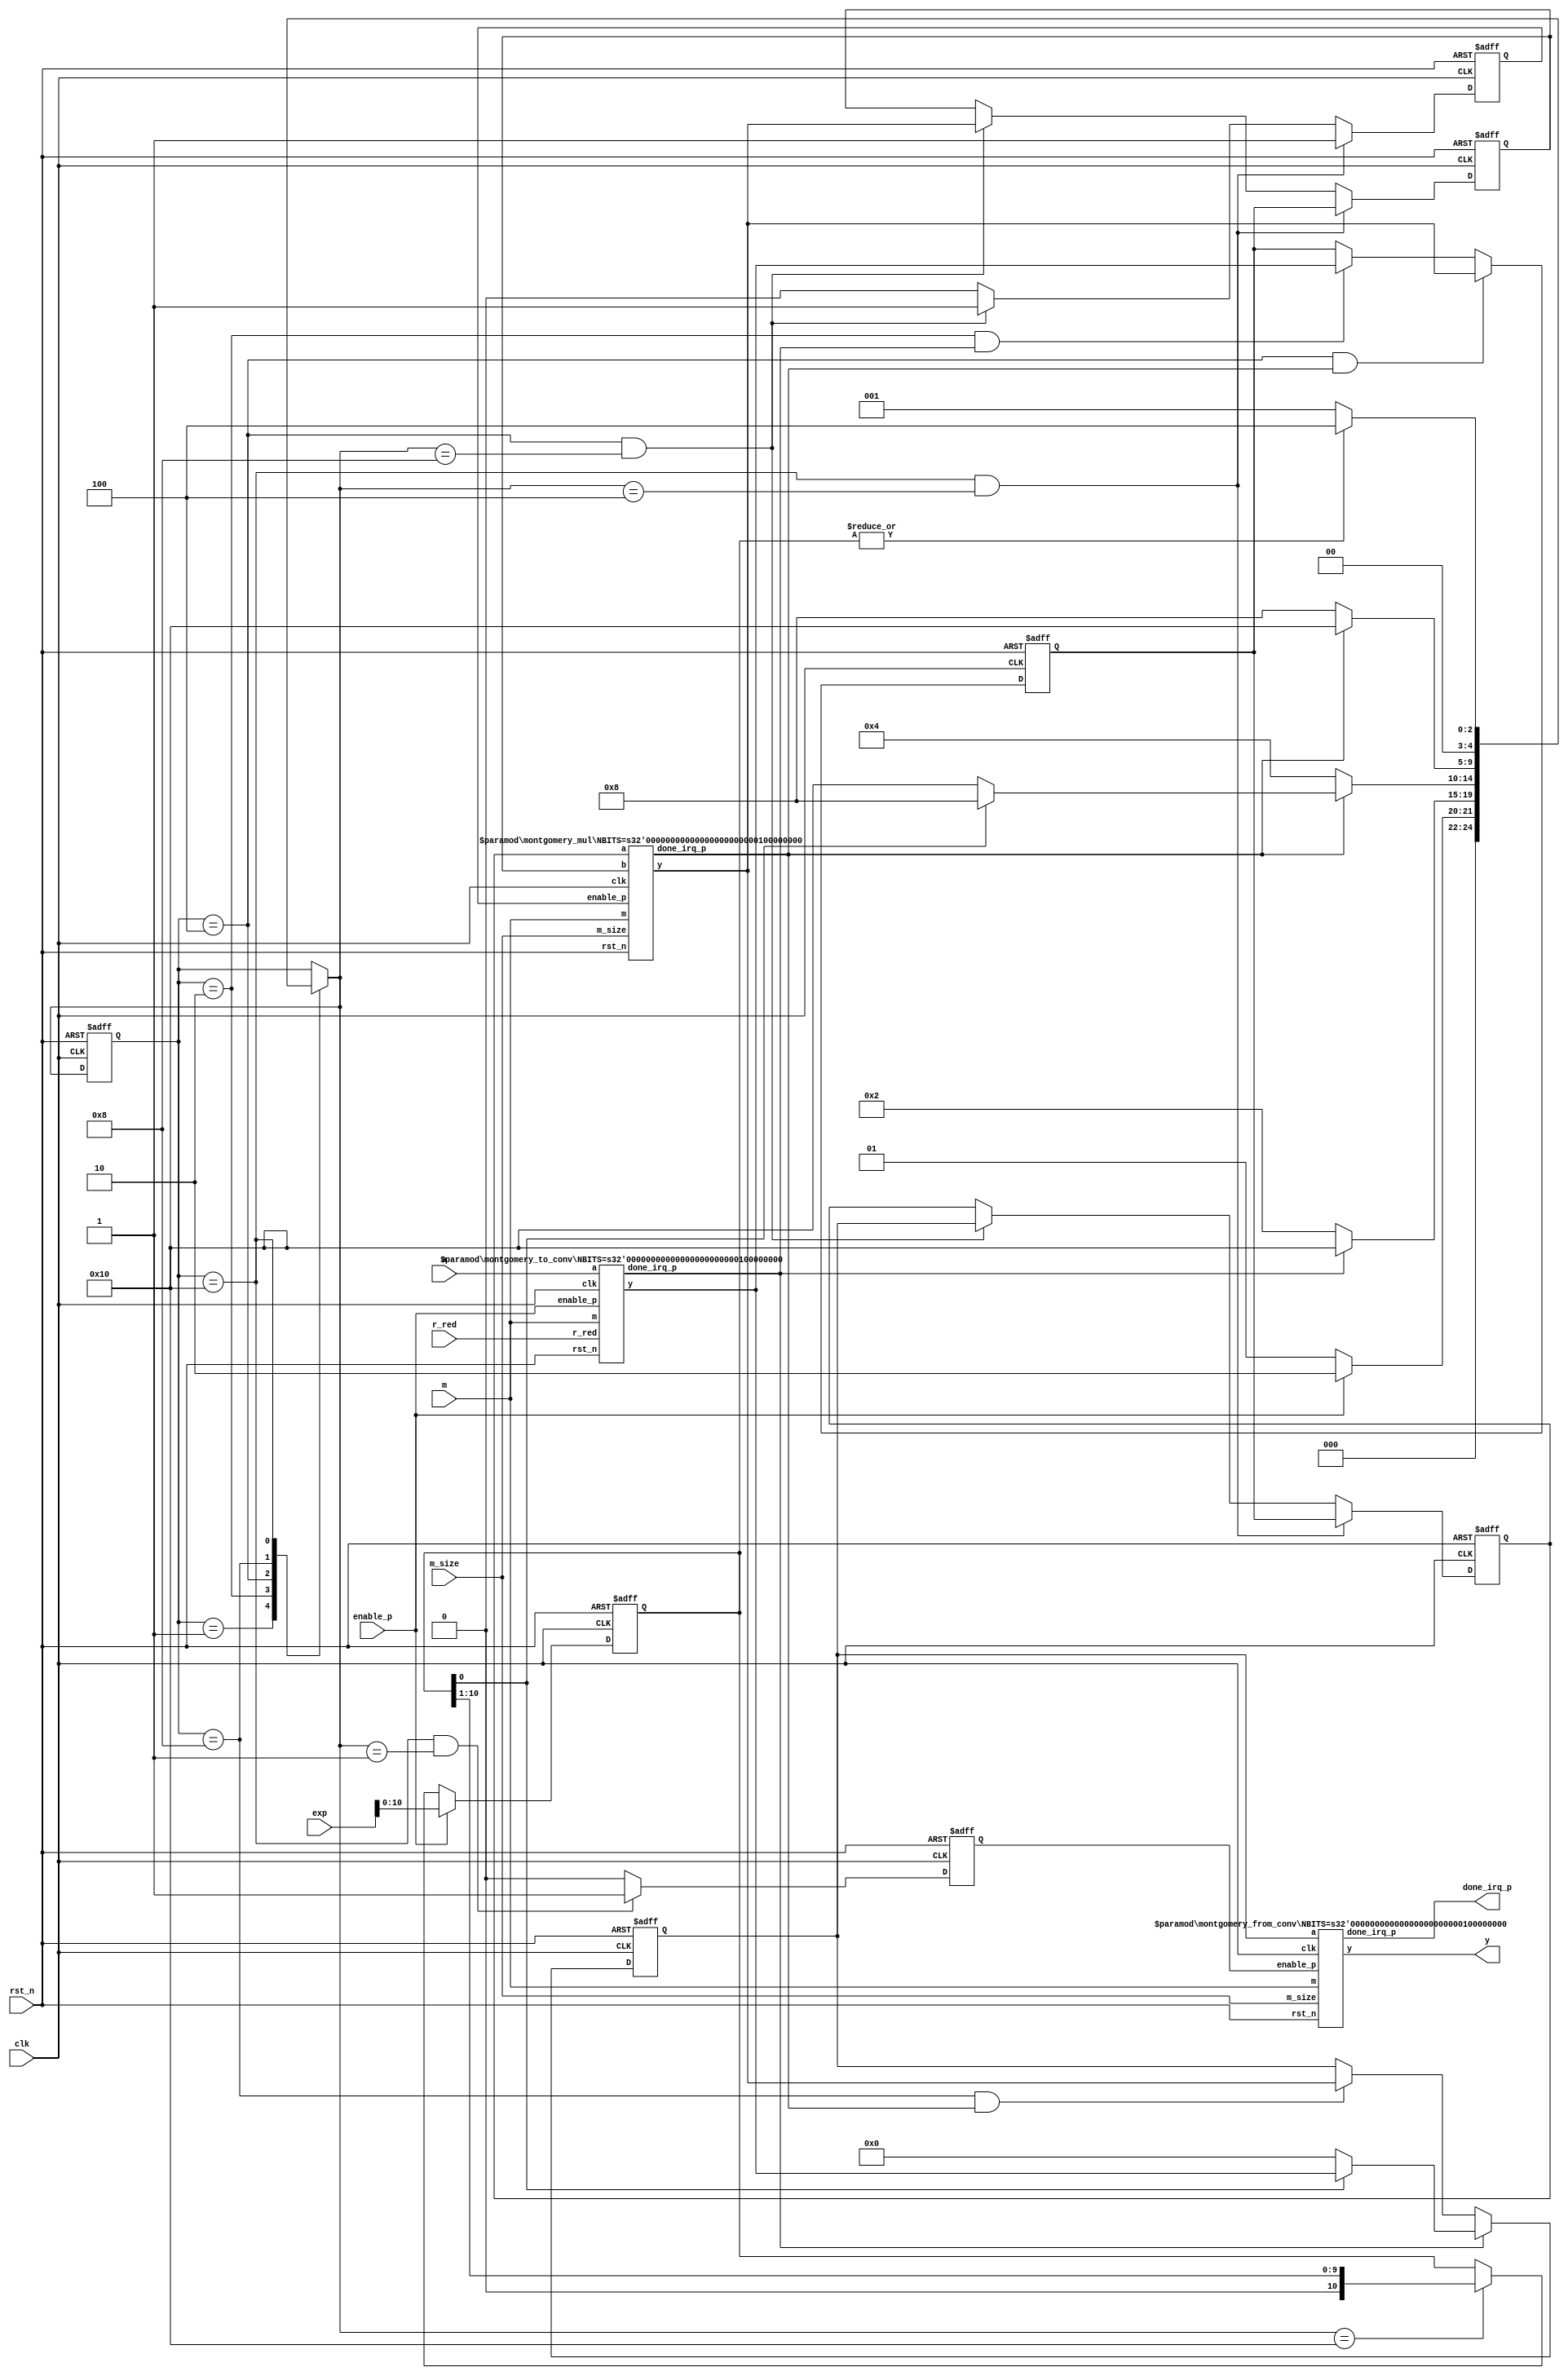
`timescale 1 ns/1 ps
module mod_exp #(  parameter NBITS = 256) (
  input               clk,
  input               rst_n,
  input               enable_p,
  input  [NBITS-1 :0] a,
  input  [NBITS-1 :0] exp,
  input  [NBITS-1 :0] m,
  input  [11      :0] m_size,
  input  [NBITS-1 :0] r_red,
  output [NBITS-1 :0] y,
  output              done_irq_p
);
//reg/wire declaration

  reg  [NBITS-1 :0] temp_rslt_loc; 
  reg  [NBITS-1 :0] a_loc; 
  reg  [NBITS-1 :0] b_loc; 
  reg  [NBITS-1 :0] sqr_loc; 
  reg  [10 :0]      exp_loc; 
  reg               en_p_frm_mnt; 
  reg               en_montgomery_mul_p; 
  reg  [4 :0]       curr_state; 
  reg  [4 :0]       next_state; 

wire [NBITS-1 :0] a_conv ;
wire [NBITS-1 :0] b_conv ;
wire [NBITS-1 :0] y_inter ;
wire              done_irq_p_mul;
wire              done_irq_p_a;

localparam  IDLE        = 5'b00001;
localparam  CONVTOMONT  = 5'b00010;
localparam  CALCSQR     = 5'b00100;
localparam  CALCMUL     = 5'b01000;
localparam  EXPSHIFT    = 5'b10000;


  always @ (posedge clk or negedge rst_n) begin
    if (rst_n == 1'b0) begin
      a_loc         <= {NBITS{1'b0}};
      b_loc         <= {NBITS{1'b0}};
      en_montgomery_mul_p  <= 1'b0;    end    else begin
      if ((curr_state == EXPSHIFT) && (next_state == CALCSQR)) begin
        a_loc        <= sqr_loc;
        b_loc        <= sqr_loc;
        en_montgomery_mul_p <= 1'b1;      end
      else if ((curr_state == CALCSQR) && (next_state == CALCMUL)) begin
        a_loc        <= temp_rslt_loc;
        b_loc        <= y_inter;
        en_montgomery_mul_p <= 1'b1;      end      else begin
        en_montgomery_mul_p <= 1'b0;      end    end  end
  always @ (posedge clk or negedge  rst_n) begin
    if (rst_n == 1'b0) begin
      sqr_loc       <= {NBITS{1'b0}};    end    else begin
      if ((curr_state == CONVTOMONT) && (done_irq_p_a == 1'b1)) begin
        sqr_loc  <= a_conv;      end
      if ((curr_state == CALCSQR) && (done_irq_p_mul == 1'b1)) begin
        sqr_loc  <= y_inter;      end    end  end
  always @ (posedge clk or negedge rst_n) begin
    if (rst_n == 1'b0) begin
      temp_rslt_loc <= {NBITS{1'b0}};    end    else begin
      if (done_irq_p_a == 1'b1) begin
        if(exp_loc[0] == 1'b1) begin
          temp_rslt_loc  <= a_conv;        end        else begin
          temp_rslt_loc <= {NBITS{1'b0}};        end      end
      else if ((curr_state == CALCMUL) && (done_irq_p_mul == 1'b1)) begin
        temp_rslt_loc  <= y_inter;      end    end  end
  always @ (posedge clk or negedge  rst_n) begin
    if (rst_n == 1'b0) begin
      exp_loc       <= 11'h7FF;    end    else begin
      if (enable_p == 1'b1) begin
        exp_loc  <=  exp;      end
      else if ((next_state == EXPSHIFT)) begin
        exp_loc  <= {1'b0, exp_loc[10:1]};      end    end  end
  always @ (posedge clk or negedge  rst_n) begin
    if (rst_n == 1'b0) begin
      en_p_frm_mnt  <= 1'b0;    end    else begin
      if ((curr_state == EXPSHIFT) && (next_state == IDLE)) begin
        en_p_frm_mnt  <= 1'b1;      end      else begin
        en_p_frm_mnt  <= 1'b0;      end    end  end
  always @* begin
    case (curr_state)
      IDLE : begin
        if (enable_p == 1'b1) begin
          next_state = CONVTOMONT;        end        else begin
          next_state = IDLE;        end      end
      CONVTOMONT : begin
        if (done_irq_p_a == 1'b1) begin
          next_state = EXPSHIFT;        end        else begin
          next_state = CONVTOMONT;        end      end
      CALCSQR : begin
        if (done_irq_p_mul == 1'b1) begin
          if (exp_loc[0] == 1'b1) begin
            next_state = CALCMUL;          end          else begin
            next_state = EXPSHIFT;          end        end        else begin
          next_state = CALCSQR;        end      end
      CALCMUL : begin
        if (done_irq_p_mul == 1'b1) begin
          next_state = EXPSHIFT;        end        else begin
          next_state = CALCMUL;        end      end
      EXPSHIFT : begin
        if (|exp_loc == 1'b1) begin
          next_state = CALCSQR;        end        else begin
          next_state = IDLE;        end      end      default : begin
          next_state = curr_state;      end    endcase  end
 always @ (posedge clk or negedge rst_n) begin
   if (rst_n == 1'b0) begin
     curr_state <= 5'b1;   end   else begin
     curr_state <= next_state;   end end
 montgomery_to_conv #(  .NBITS (NBITS) ) u_montgomery_to_conv_a_inst (
  .clk               (clk),             //input               
  .rst_n             (rst_n),           //input               
  .enable_p          (enable_p),        //input               
  .a                 (a),               //input  [NBITS-1 :0] 
  .m                 (m),               //input  [NBITS-1 :0] 
  .r_red             (r_red),           //input  [NBITS-1 :0] 
  .y                 (a_conv),          //output [NBITS-1 :0] 
  .done_irq_p        (done_irq_p_a)     //output              
 );
montgomery_mul #(  .NBITS (NBITS) ) u_montgomery_mul_inst (
  .clk               (clk),             //input               
  .rst_n             (rst_n),           //input               
  .enable_p          (en_montgomery_mul_p),    //input               
  .a                 (a_loc),          //input  [NBITS-1 :0] 
  .b                 (b_loc),          //input  [NBITS-1 :0] 
  .m                 (m),               //input  [NBITS-1 :0] 
  .m_size            (m_size),          //input  [10      :0] 
  .y                 (y_inter),         //output [NBITS-1 :0] 
  .done_irq_p        (done_irq_p_mul)   //output              
);
montgomery_from_conv #(   .NBITS (NBITS) ) u_montgomery_from_conv (
  .clk               (clk),                    //input               
  .rst_n             (rst_n),                  //input               
  .enable_p          (en_p_frm_mnt),           //input               
  .a                 (temp_rslt_loc),          //input  [NBITS-1 :0] 
  .m                 (m),                      //input  [NBITS-1 :0] 
  .m_size            (m_size),                 //input  [10      :0] 
  .y                 (y),                      //output [NBITS-1 :0] 
  .done_irq_p        (done_irq_p)              //output              
);
endmodule

//------------------------
module montgomery_from_conv #(  parameter NBITS = 256 ) (
  input               clk,
  input               rst_n,
  input               enable_p,
  input  [NBITS-1 :0] a,
  input  [NBITS-1 :0] m,
  input  [11      :0] m_size,
  output [NBITS-1 :0] y,
  output              done_irq_p
);

montgomery_mul #(  .NBITS (NBITS) ) u_montgomery_mul_inst (
  .clk               (clk),             //input               
  .rst_n             (rst_n),           //input               
  .enable_p          (enable_p),        //input               
  .a                 (a),               //input  [NBITS-1 :0] 
  .b                 (256'b1),         //input  [NBITS-1 :0] 
  .m                 (m),               //input  [NBITS-1 :0] 
  .m_size            (m_size),          //input  [10      :0] 
  .y                 (y),               //output [NBITS-1 :0] 
  .done_irq_p        (done_irq_p)       //output              
);
endmodule

/**********************************************************************************/

module montgomery_mul #(  parameter NBITS = 256 ) (
  input               clk,
  input               rst_n,
  input               enable_p,
  input  [NBITS-1 :0] a,
  input  [NBITS-1 :0] b,
  input  [NBITS-1 :0] m,
  input  [11      :0] m_size,
  output [NBITS-1 :0] y,
  output              done_irq_p
);

//--------------------------------------
//reg/wire declaration
//--------------------------------------

reg [NBITS   :0] y_loc;
reg [NBITS-1 :0] a_loc;
reg              done_irq_p_loc;
reg              done_irq_p_loc_d;
reg [11      :0] m_size_cnt;


wire [NBITS+1 :0] b_loc_mul_a_loc_i ;
wire [NBITS+1 :0] y_loc_for_red ;
//--------------------------------------
//a*b*(2^-n) mod m
//--------------------------------------

//assign b_loc_mul_a_loc_i    = b*a_loc[0] + y_loc;
assign b_loc_mul_a_loc_i    = a_loc[0] ? (b + y_loc) : y_loc;
assign y_loc_for_red        = (b_loc_mul_a_loc_i[0] == 1'b1) ? (b_loc_mul_a_loc_i + m ) : b_loc_mul_a_loc_i;

always @ (posedge clk or negedge rst_n) begin
  if (rst_n == 1'b0) begin
    y_loc          <= {(NBITS+1){1'b0}};
    a_loc          <= {NBITS{1'b1}};
    done_irq_p_loc <= 1'b0;  end  else begin
    if (enable_p == 1'b1) begin
      a_loc          <= a;
      y_loc          <= {(NBITS+1){1'b0}};
      done_irq_p_loc <= 1'b0;    end
    else if (|m_size_cnt[11:0]) begin
      y_loc <= {y_loc_for_red[NBITS+1 :1]};
      a_loc <= {1'b0, a_loc[NBITS-1 :1]};    end     else begin
      if (y_loc >= m) begin
        y_loc <= y_loc - m;      end      else begin
        done_irq_p_loc <= 1'b1;      end    end  end end
  always @ (posedge clk or negedge rst_n) begin
    if (rst_n == 1'b0) begin
      m_size_cnt    <= 12'b0;    end    else begin
      if (enable_p == 1'b1) begin
        m_size_cnt    <= m_size;      end
      else if (|m_size_cnt[11:0]) begin
        m_size_cnt    <= m_size_cnt-1'b1;//(Ex for 2048 bits, one need to count form 0 to 2047)
      end    end  end
  always @ (posedge clk or negedge rst_n) begin
    if (rst_n == 1'b0) begin
      done_irq_p_loc_d  <= 1'b0;    end    else begin
      done_irq_p_loc_d  <= done_irq_p_loc  ;    end  end
 assign done_irq_p =  done_irq_p_loc & ~done_irq_p_loc_d;
  assign y          =  y_loc[NBITS-1 :0];
endmodule
 /**********************************************************************************/
module montgomery_to_conv #(  parameter NBITS = 256 ) (
  input               clk,
  input               rst_n,
  input               enable_p,
  input  [NBITS-1 :0] a,
  input  [NBITS-1 :0] m,
  input  [NBITS-1 :0] r_red,
  output [NBITS-1 :0] y,
  output              done_irq_p);

 mod_mul_il #(  .NBITS (NBITS) ) u_mod_mul_il_inst (
  .clk               (clk),                    //input               
  .rst_n             (rst_n),                  //input               
  .enable_p          (enable_p),               //input               
  .a                 (a),                      //input  [NBITS-1 :0] 
  .b                 (r_red),                  //input  [NBITS-1 :0] 
  .m                 (m),                      //input  [NBITS-1 :0] 
  .y                 (y),                      //output [NBITS-1 :0] 
  .done_irq_p        (done_irq_p)              //output              
);

endmodule

/**********************************************************************************/

module mod_mul_il #(  parameter NBITS = 256 ) (
  input               clk,
  input               rst_n,
  input               enable_p,
  input  [NBITS-1 :0] a,
  input  [NBITS-1 :0] b,
  input  [NBITS-1 :0] m,
  output [NBITS-1 :0] y,
  output              done_irq_p
);

//--------------------------------------
//reg/wire declaration
//--------------------------------------

reg  [NBITS-1 :0] a_loc;
reg  [NBITS-1 :0] y_loc;
reg  [NBITS-1  :0] b_loc;
reg               done_irq_p_loc;
reg               done_irq_p_loc_d;

wire [NBITS-1   :0] y_loc_accum;
wire [NBITS-1  :0] y_loc_accum_red;
wire [NBITS-1 :0] b_loc_red;


//calculate (a*b)%m
assign b_loc_red        = (b_loc > m) ? (b_loc - m) : b_loc;
//assign y_loc_accum      =  b_loc_red*a_loc[0] + y_loc;
assign y_loc_accum      =  a_loc[0] ? (b_loc_red + y_loc) : y_loc;
assign y_loc_accum_red  = (y_loc_accum >= m)   ?  (y_loc_accum -  m) :
                           y_loc_accum ;

always @ (posedge clk or negedge rst_n) begin
  if (rst_n == 1'b0) begin
    y_loc <= {NBITS{1'b0}};
    a_loc <= {NBITS{1'b0}};
    b_loc <= {(NBITS+1){1'b0}};  end  else begin
      if (enable_p == 1'b1) begin
        a_loc <= {1'b0, a[NBITS-1 :1]};
        b_loc <= {b, 1'b0};
        if (a[0] == 1'b1) begin
          y_loc <= b;        end        else begin
          y_loc <= {NBITS{1'b0}};        end      end
      else if (|a_loc) begin
        y_loc <= y_loc_accum_red[NBITS-1 :0];
        b_loc <= {b_loc_red, 1'b0};
        a_loc <= {1'b0, a_loc[NBITS-1:1]};      end   end end
  always @ (posedge clk or negedge rst_n) begin
    if (rst_n == 1'b0) begin
      done_irq_p_loc    <= 1'b0;
      done_irq_p_loc_d  <= 1'b0;    end   else begin
      done_irq_p_loc    <= |a_loc | enable_p;  //enable_p for the case a == 1
      done_irq_p_loc_d  <= done_irq_p_loc  ;    end  end
  assign done_irq_p =  done_irq_p_loc_d & ~done_irq_p_loc;
  assign y          =  y_loc;
endmodule